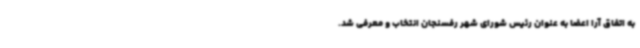
به اتفاق آرا اعضا به عنوان رئیس شورای شهر رفسنجان انتخاب و معرفی شد.